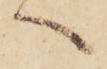
へ